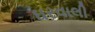
ઘરવાલી